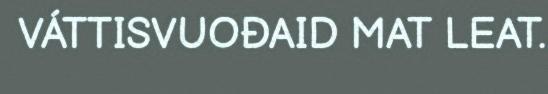
VÁTTISVUOĐAID MAT LEAT.